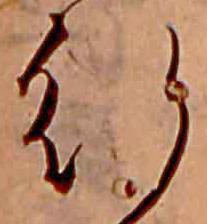
行